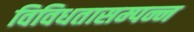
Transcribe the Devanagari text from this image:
विविधतासम्पन्न